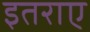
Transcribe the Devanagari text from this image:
इतराए